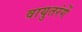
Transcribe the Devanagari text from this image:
वायुतरंगें